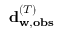
\mathbf { d } _ { \mathbf { w } , \mathbf { o b s } } ^ { ( T ) }